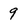
Character: 9